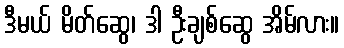
ဒီမယ် မိတ်ဆွေ၊ ဒါ ဦးချစ်ဆွေ အိမ်လား။